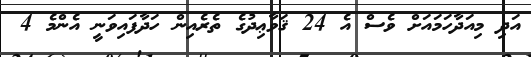
އަދި މިއަދާހަމައަށް ވެސް އެ 24 ޤަވާޢިދުގެ ތެރެއިން ހަދާފައިވަނީ އެންމެ 4